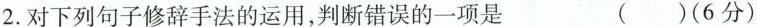
2.对下列句子修辞手法的运用，判断错误的一项是 ( )(6分)